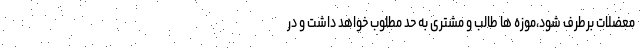
معضلات برطرف شود،موزه ها طالب و مشتری به حد مطلوب خواهد داشت و در